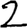
Digit: 2